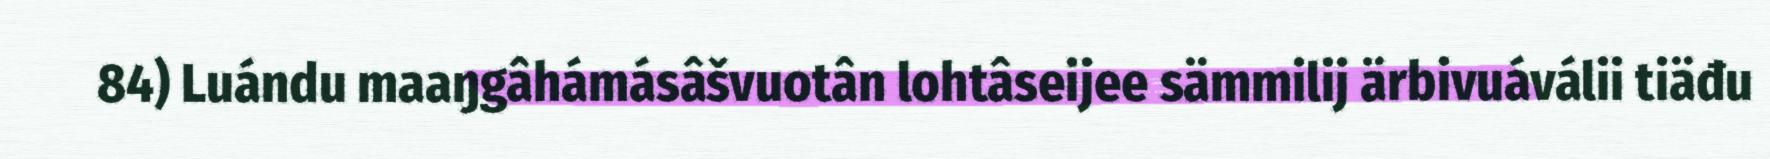
84) Luándu maaŋgâhámásâšvuotân lohtâseijee sämmilij ärbivuáválii tiäđu